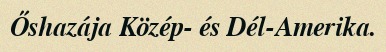
Őshazája Közép- és Dél-Amerika.